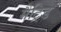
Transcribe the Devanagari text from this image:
मैट्रिड